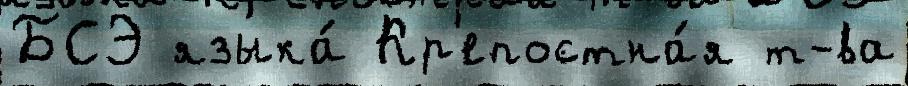
БСЭ языка́ Кр'епостна́я т-ва